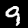
Digit: 9